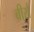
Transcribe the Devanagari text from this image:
बीर्स